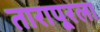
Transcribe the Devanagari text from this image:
तारापूरला